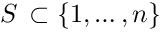
S \, \subset \{ 1 , \ldots , n \}